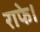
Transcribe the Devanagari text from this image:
राफे।